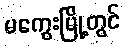
မကွေးမြို့တွင်